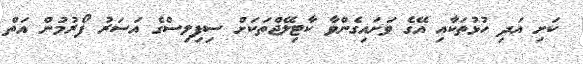
ކަށި އަދި ހުޅުތަކާއި އޭގެ ވަށައިގެންވާ ކާޓިލޭޖްތަކަށް ސިފިލިސްގެ އަސަރު ފޯރުމުން އަތް